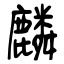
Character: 麟